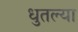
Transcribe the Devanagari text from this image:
धुतल्या